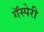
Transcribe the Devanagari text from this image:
गॅस्पेरी